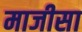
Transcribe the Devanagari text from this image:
माजीसा